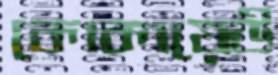
কোকায়েউ